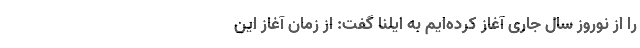
را از نوروز سال جاری آغاز کرده‌ایم به ایلنا گفت: از زمان آغاز این